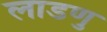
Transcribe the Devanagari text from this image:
लाडणु